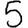
Digit: 5